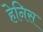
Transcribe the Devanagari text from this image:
हेनिस